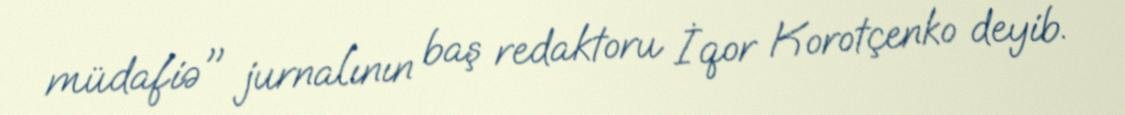
müdafiə" jurnalının baş redaktoru İqor Korotçenko deyib.